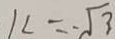
x = - \sqrt { 3 }